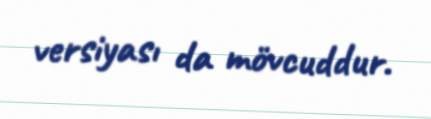
versiyası da mövcuddur.